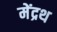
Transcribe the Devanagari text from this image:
मेंद्रथ